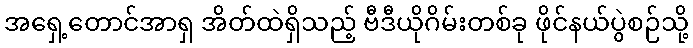
အရှေ့တောင်အာရှ အိတ်ထဲရှိသည့် ဗီဒီယိုဂိမ်းတစ်ခု ဖိုင်နယ်ပွဲစဉ်သို့